Annual report of the Civil Veterinary Department, Bengal, for the year 1897-98 - 1897-1898
Year: 1897
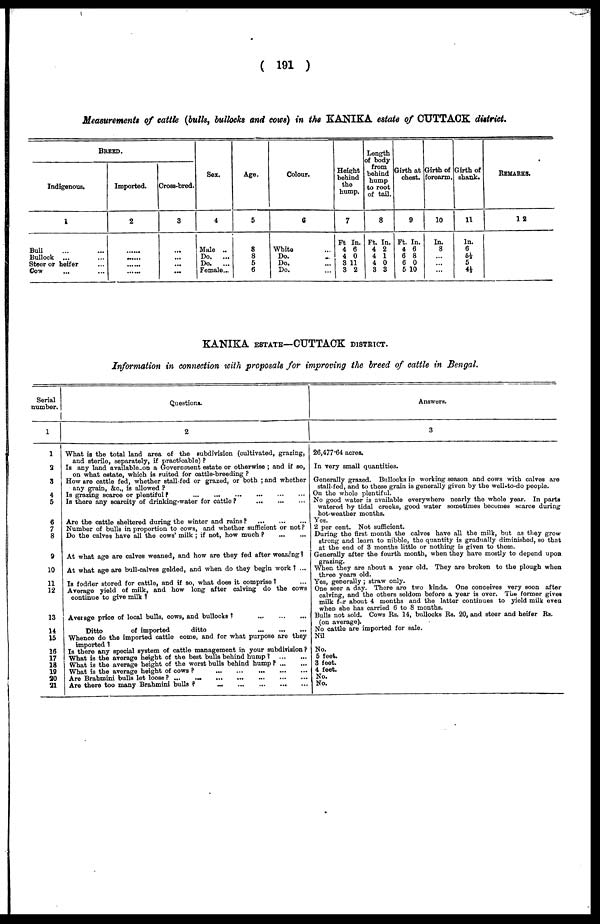
( 191 )
Measurements of eattle (bulk, bullocks and cows) in the KANIKA estate of CUTTAOK district.
BREED.
Indigenous,
1
Bull ... ...
Bullock ... ...
Steer or heifer ...
Cow ... ...
Imported.
2
...... ......
......
......
Cross-bred.
3
...
...
...
...
Sex.
4
Male ..
Do.
...
Do.
...
Female...
Age.
5
8
8
5
6
Colour.
6
White ...
Do. ...
Do. ...
Do. ...
Height
behind
the
hump.
7
Ft In.
4 6
4 0
3 11
3 2
Length
of body
from
behind
hump
to root
of tail.
8
Ft. In.
4 2
4 1
4 0
3 3
Girth at
chest.
9
Ft. In.
4 6
6 8
6 0
5 10
Girth of
forearm,
10
In.
8
...
...
...
Girth of
shank.
11
In.
6
5½
5
4½
REMARKS.
12
KANIKA ESTATE—CUTTAOK DISTRICT.
Information in connection with proposals for improving the breed of cattle in Bengal.
Serial
number.
1
1
2
3
4
5
6
7
8
9
10
11
12
13
14
15
16
17
18
19
20
21
Questions.
2
What is the total land area of the subdivision (cultivated, grazing)
and sterile, separately, if practicable) ?
Is any land available on a Government estate or otherwise ; and if so,
on what estate, which is suited for cattle-breeding ?
How are cattle fed, whether stall-fed or grazed, or both ; and whether
any grain, &c., is allowed ?
Is grazing scarce or plentiful?
...
...
...
...
...
...
Is there any scarcity of drinking-water for cattle?
...
...
...
Are the cattle sheltered during the winter and rains?
...
...
...
Number of bulls in proportion to cows, and whether sufficient or not?
Do the calves have all the cows' milk ; if not, how much ?
...
...
At what age are calves weaned, and how are they fed after weaning ?
At what age are bull-calves gelded, and when do they begin work ? ...
Is fodder stored for cattle, and if so, what does it comprise ? ...
Average yield of milk, and how long after calving do the cows
continue to give milk ?
Average price of local bulls, cows, and bullocks?
...
...
...
Ditto
of imported
ditto ... ... ...
Whence do the imported cattle come, and for what purpose are they
imported ?
Is there any special system of cattle management in your subdivision?
What is the average height of the best bulls behind hump?
...
...
What is the average height of the worst bulls behind hump ?
...
...
What is the average height of cows ?
...
...
...
...
...
Are Brahmini bulls let loose?
...
...
...
...
...
...
...
Are there too many Brahmini bulls ? ... ... ... ... ...
Answers.
3
26,477.64 acres.
In very small quantities.
Generally grazed. Bullocks in working season and cows with calves are
stall-fed, and to these grain is generally given by the well.to-do people.
On the whole plentiful.
No good water is available everywhere nearly the whole year. In parts
watered by tidal creeks, good water sometimes becomes scarce during
hot-weather months.
Yes.
2 per cent. Not sufficient.
During the first month the calves have all the milk, but as they grow
strong and learn to nibble, the quantity is gradually diminished, so that
at the end of 3 months little or nothing is given to them.
Generally after the fourth month, when they have mostly to depend upon
grazing.
When they are about a year old. They are broken to the plough when
three years old.
Yes, generally ; straw only.
One seer a day. There are two kinds. One conceives very soon after
calving, and the others seldom before a year is over. The former gives
milk for about 4 months and the latter continues to yield milk even
when she has carried 6 to 8 months.
Bulls not sold. Cows Rs. 14, bullocks Rs. 20, and steer and heifer Rs.
(on average).
No cattle are imported for sale.
Nil
No.
5 feet.
3 feet.
4 feet.
No.
No.